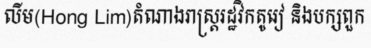
លីម(Hong Lim)តំណាងរាស្ត្ររដ្ឋវិកតូរៀ និងបក្សពួក